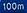
100m